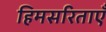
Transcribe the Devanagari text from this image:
हिमसरिताएँ